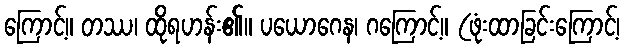
ကြောင့်။ တဿ၊ ထိုရဟန်း၏။ ပယောဂေန၊ ဂကြောင့်။ (ဖုံးထာခြင်းကြောင့်၊